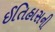
ઈતિહાસની